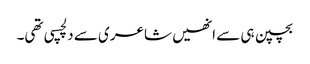
بچپن ہی سے انھیں شاعری سے دلچسپی تھی۔